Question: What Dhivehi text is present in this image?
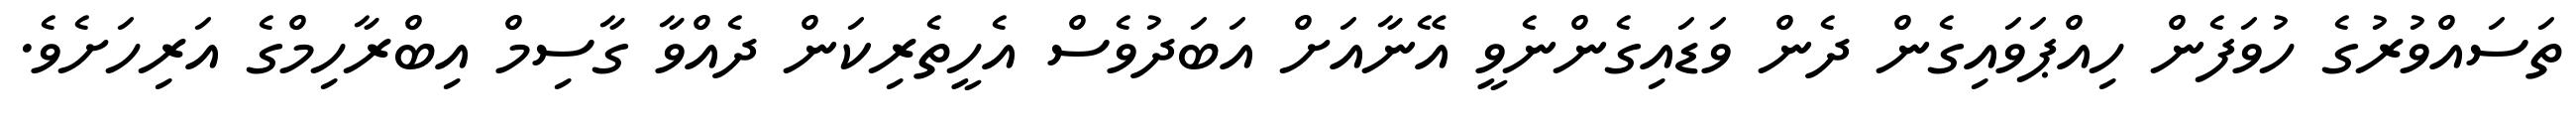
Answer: ތަސައްވުރުގެ ހުވަފެން ހިއްޕަވައިގެން ދެން ވަޑައިގެންނެވީ އޭނާއަށް އަބަދުވެސް އެހީތެރިކަން ދެއްވާ ގާސިމް އިބްރާހިމްގެ އަރިހަށެވެ.